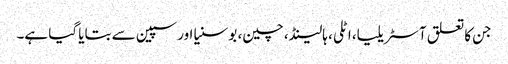
جن کا تعلق آسٹریلیا، اٹلی، ہالینڈ، چین، بوسنیا اور سپین سے بتایا گیا ہے۔